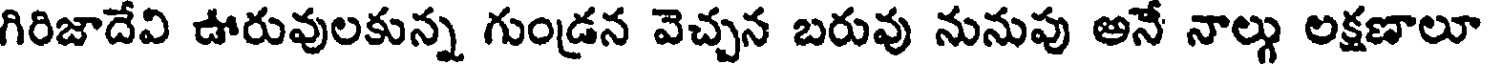
గిరిజాదేవి ఊరువులకున్న గుండ్రన వెచ్చన బరువు నునుపు అనే నాల్గు లక్షణాలూ